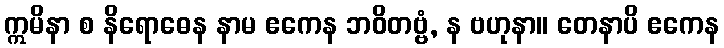
ဣမိနာ စ နိရောဓေန နာမ ဧကေန ဘဝိတဗ္ဗံ, န ဗဟုနာ။ တေနာပိ ဧကေန